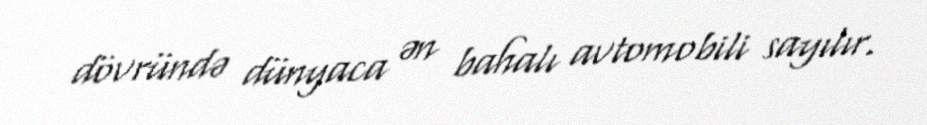
dövründə dünyaca ən bahalı avtomobili sayılır.